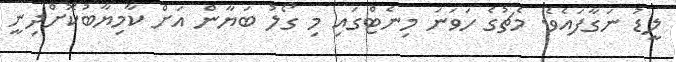
ލީޑު ނަގާފައެވެ. މެޗުގެ ހަވަނަ މިނެޓްގައި މި ގޯލު ބަޔާން އަށް ކާމިޔާބުކޮށްދިނީ